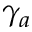
\gamma _ { a }